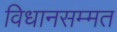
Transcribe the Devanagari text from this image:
विधानसम्मत